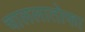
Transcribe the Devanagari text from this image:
चाललातोफा